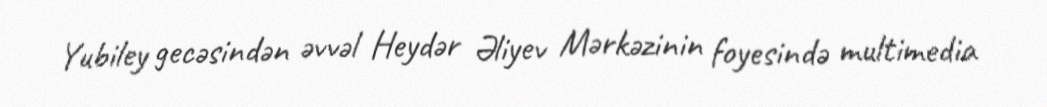
Yubiley gecəsindən əvvəl Heydər Əliyev Mərkəzinin foyesində multimedia